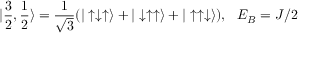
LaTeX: | \frac { 3 } { 2 } , \frac { 1 } { 2 } \rangle = \frac { 1 } { \sqrt { 3 } } ( | \uparrow \downarrow \uparrow \rangle + | \downarrow \uparrow \uparrow \rangle + | \uparrow \uparrow \downarrow \rangle ) , \ \ E _ { B } = J / 2